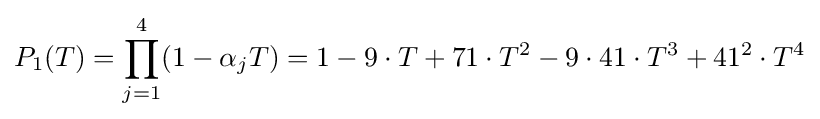
P_{1}(T)=\prod _{j=1}^{4}(1-\alpha _{j}T)=1-9\cdot T+71\cdot T^{2}-9\cdot 41\cdot T^{3}+41^{2}\cdot T^{4}